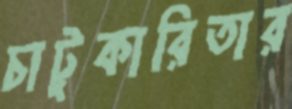
চাটুকারিতার